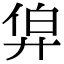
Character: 𢍑